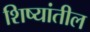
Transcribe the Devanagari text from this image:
शिष्यांतील